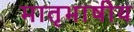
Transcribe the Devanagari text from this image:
मातृभाषीय